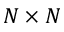
N \times N